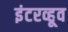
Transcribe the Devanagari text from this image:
इंटरव्हूव